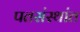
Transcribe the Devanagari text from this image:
पतसंस्थांत